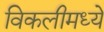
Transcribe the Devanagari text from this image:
विकलीमध्ये